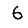
Digit: 6